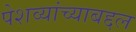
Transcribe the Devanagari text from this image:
पेशव्यांच्याबद्दल